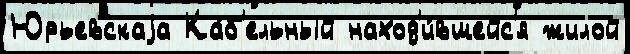
Юрьевскаjа Ка́б'ельный наход'и́вшейс'я жилой